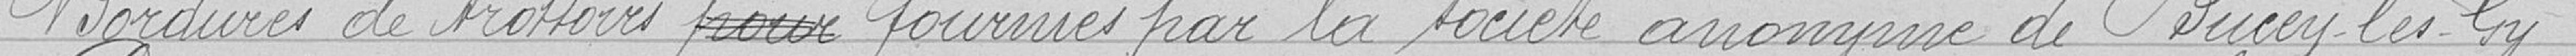
Bordures de trottoirs fournies par la société anonyme de Bucey-lès-Gy